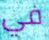
في